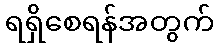
ရရှိစေရန်အတွက်